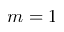
m = 1